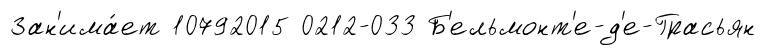
Зан'има́ет 10792015 0212-033 Б'ельмонт'е-д'е-Грасьян